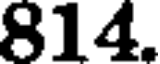
814.